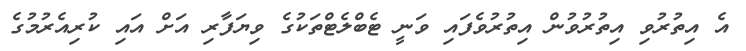
އެ އިތުރުވި އިތުރުވުން އިތުރުވެފައި ވަނީ ޓެބްލެޓްތަކުގެ ވިޔަފާރި އަށް އައި ކުރިއެރުމުގެ